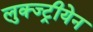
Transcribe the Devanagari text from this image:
लुक्ज्ट्रीयेन